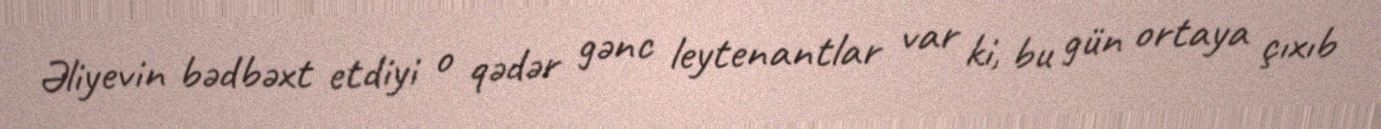
Əliyevin bədbəxt etdiyi o qədər gənc leytenantlar var ki, bu gün ortaya çıxıb